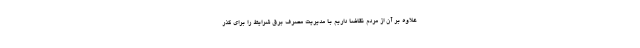
علاوه بر آن از مردم تقاضا داریم با مدیریت مصرف برق شرایط را برای گذر